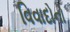
વિવાદોનો